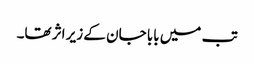
تب میں بابا جان کے زیر اثر تھا۔